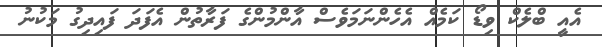
އެއީ ބްލެކް ވިޑޯ ކަމެއް އެހެންނަމަވެސް އާންމުންގެ ފަރާތުން އެފަދަ ފައިދިގު މަކުނު